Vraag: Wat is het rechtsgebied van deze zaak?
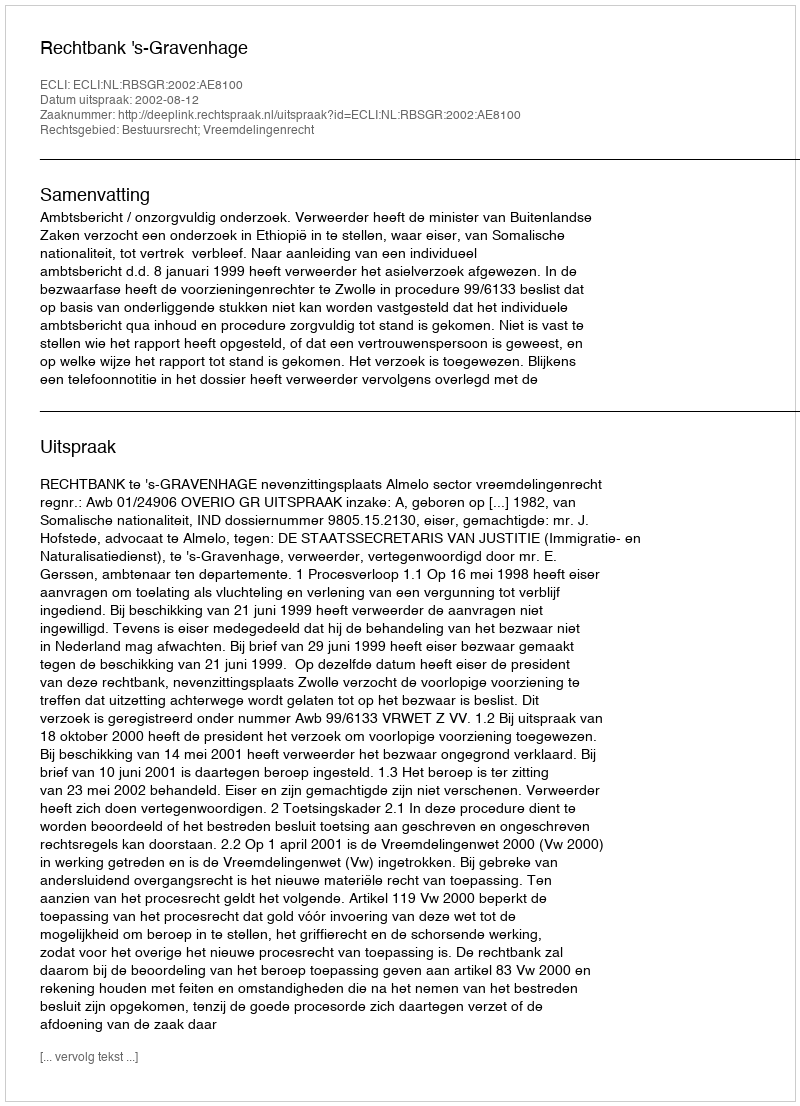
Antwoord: Bestuursrecht; Vreemdelingenrecht